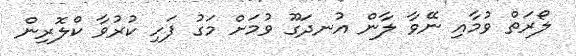
ލޯރަތް ވުމާއި ނޭވާ ލާން އުނދަގޫ ވުމަށް މަގު ފަހި ކުރުވާ ކްލޮރިން